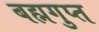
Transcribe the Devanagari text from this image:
बह्मगुप्त